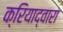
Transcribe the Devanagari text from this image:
क्रियाद्वारा